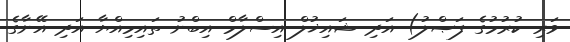
ވަރި ކުރުމުގެ ފަޞްލު) އަދި ޝައިޚުލް އިސްލާމް އިބްނު ތައިމިއްޔާ އަދި އޭނާގެ